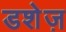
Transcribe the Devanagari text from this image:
डशेज़